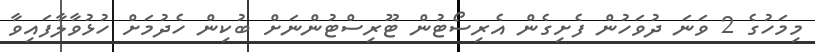
މިމަހުގެ 2 ވަނަ ދުވަހުން ފެށިގެން އެރިސޯޓުން ޓޫރިސްޓުންނަށް ބުކިން ހެދުމަށް ހުޅުވާލާފައިވާ